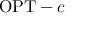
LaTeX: \mathrm { O P T } - c